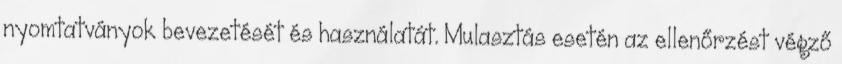
nyomtatványok bevezetését és használatát. Mulasztás esetén az ellenőrzést végző